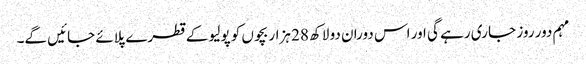
مہم دور روز جا ری رہے گی اور اس دوران دو لاکھ 28 ہزار بچوں کو پولیو کے قطرے پلائے جائیں گے۔